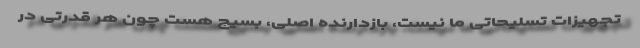
تجهیزات تسلیحاتی ما نیست، بازدارنده اصلی، بسیج هست چون هر قدرتی در